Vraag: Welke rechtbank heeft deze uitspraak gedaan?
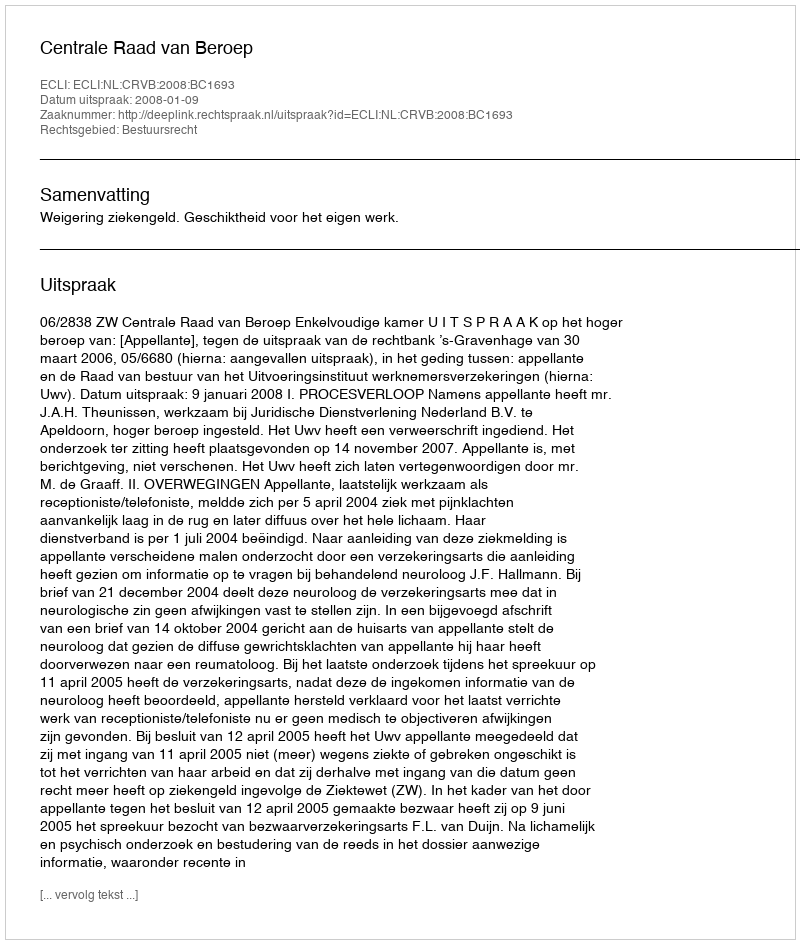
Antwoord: Centrale Raad van Beroep